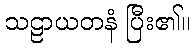
သဠာယတနံ ပြီး၏။